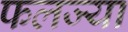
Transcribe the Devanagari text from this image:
फलज्या